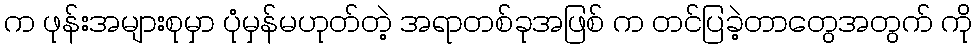
က ဖုန်းအများစုမှာ ပုံမှန်မဟုတ်တဲ့ အရာတစ်ခုအဖြစ် က တင်ပြခဲ့တာတွေအတွက် ကို